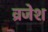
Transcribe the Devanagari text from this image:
व्रजेश